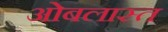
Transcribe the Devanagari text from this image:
ओबलास्त